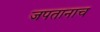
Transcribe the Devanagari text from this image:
जपतानाच